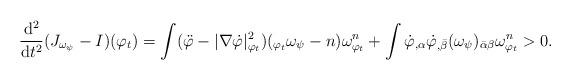
LaTeX: \begin{align*}\frac{\mathrm{d}^2 }{\mathrm{d}t^2} (J_{\omega_{\psi}} - I )(\varphi_t)= \int ( \ddot{\varphi} - |\nabla \dot{\varphi}|_{\varphi_t}^2) (_{\varphi_t}\omega_{\psi} -n) \omega_{\varphi_t}^n + \int \dot{\varphi}_{,\alpha}\dot{\varphi}_{,\bar{\beta}} (\omega_{\psi})_{\bar{\alpha} \beta} \omega_{\varphi_t}^n >0.\end{align*}